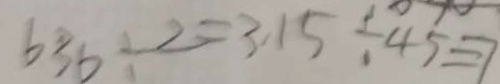
6 3 6 \div 2 = 3 . 1 5 \div 4 5 = 7